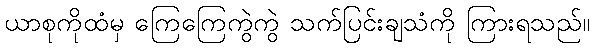
ယာစုကိုထံမှ ကြေကြေကွဲကွဲ သက်ပြင်းချသံကို ကြားရသည်။